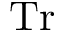
\mathrm { T r }